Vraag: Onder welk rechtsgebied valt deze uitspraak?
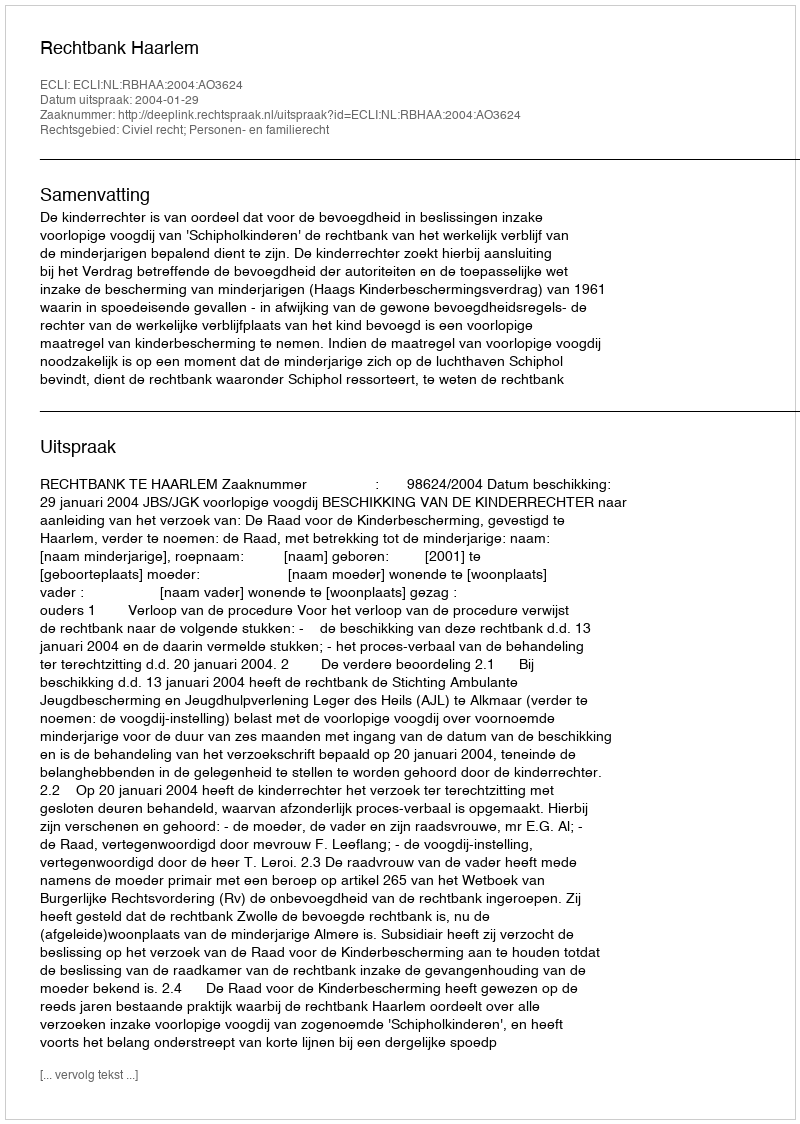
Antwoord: Civiel recht; Personen- en familierecht